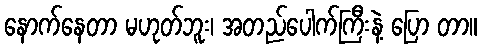
နောက်နေတာ မဟုတ်ဘူး၊ အတည်ပေါက်ကြီးနဲ့ ပြော တာ။